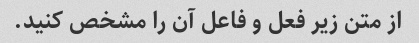
از متن زیر فعل و فاعل آن را مشخص کنید.